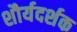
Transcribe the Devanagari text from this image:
शौर्यदर्शक